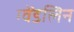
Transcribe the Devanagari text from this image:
ग्वेंडलिन